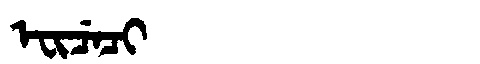
Manchu: ᡝᠸᡳᠴᡝᠴᡳ
Romanization: EFICECI